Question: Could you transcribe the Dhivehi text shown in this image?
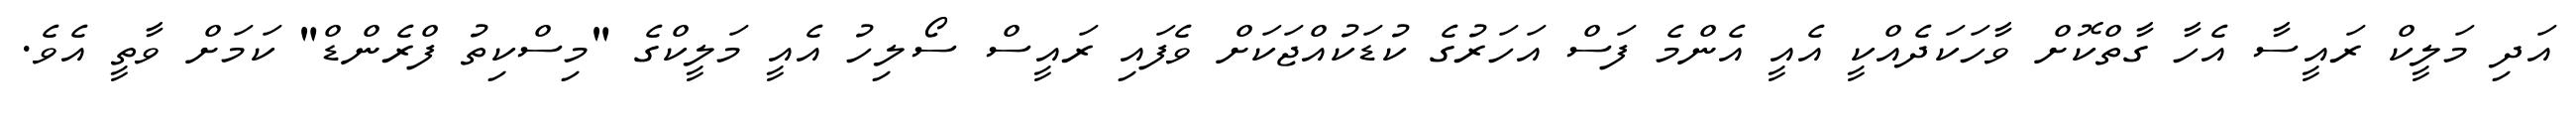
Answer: އަދި މަލީކް ރައީސާ އެހާ ގާތްކޮށް ވާހަކަދެއްކީ އެއީ އެންމެ ފަސް އަހަރުގެ ކުޑަކުއްޖަކަށް ވެފައި ރައީސް ސޯލިހު އެއީ މަލީކްގެ "މިސްކިތު ފްރެންޑް" ކަމަށް ވާތީ އެވެ.